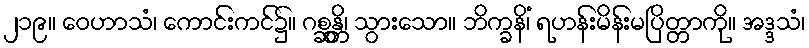
၂၁၉။ ဝေဟာသံ၊ ကောင်းကင်၌။ ဂစ္ဆန္တိ၊ သွားသော။ ဘိက္ခနိံ၊ ရဟန်းမိန်းမပြိတ္တာကို။ အဒ္ဒသံ၊